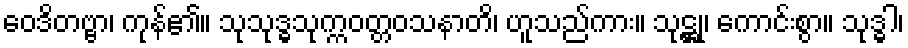
ဝေဒိတဗ္ဗာ၊ ကုန်၏။ သုသုဒ္ဓသုက္ကဝတ္တဝသနာတိ၊ ဟူသည်ကား။ သုဋ္ဌု၊ ကောင်းစွာ။ သုဒ္ဓါ၊